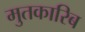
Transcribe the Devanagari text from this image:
मुतकारिब